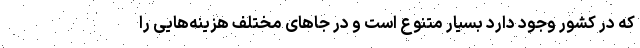
که در کشور وجود دارد بسیار متنوع است و در جاهای مختلف هزینه‌هایی را